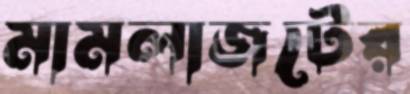
মামলাজটের